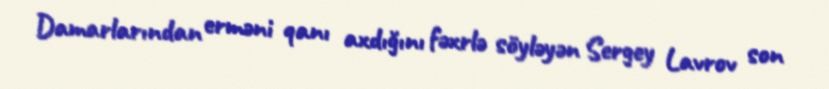
Damarlarından erməni qanı axdığını fəxrlə söyləyən Sergey Lavrov son